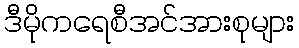
ဒီမိုကရေစီအင်အားစုများ